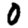
Digit: 0